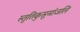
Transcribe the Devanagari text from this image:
स्तुतिकुसुमांजलि